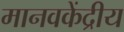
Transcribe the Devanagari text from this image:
मानवकेंद्रीय